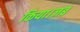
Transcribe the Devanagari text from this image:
किया।जब